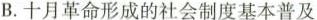
B.十月革命形成的社会制度基本普及